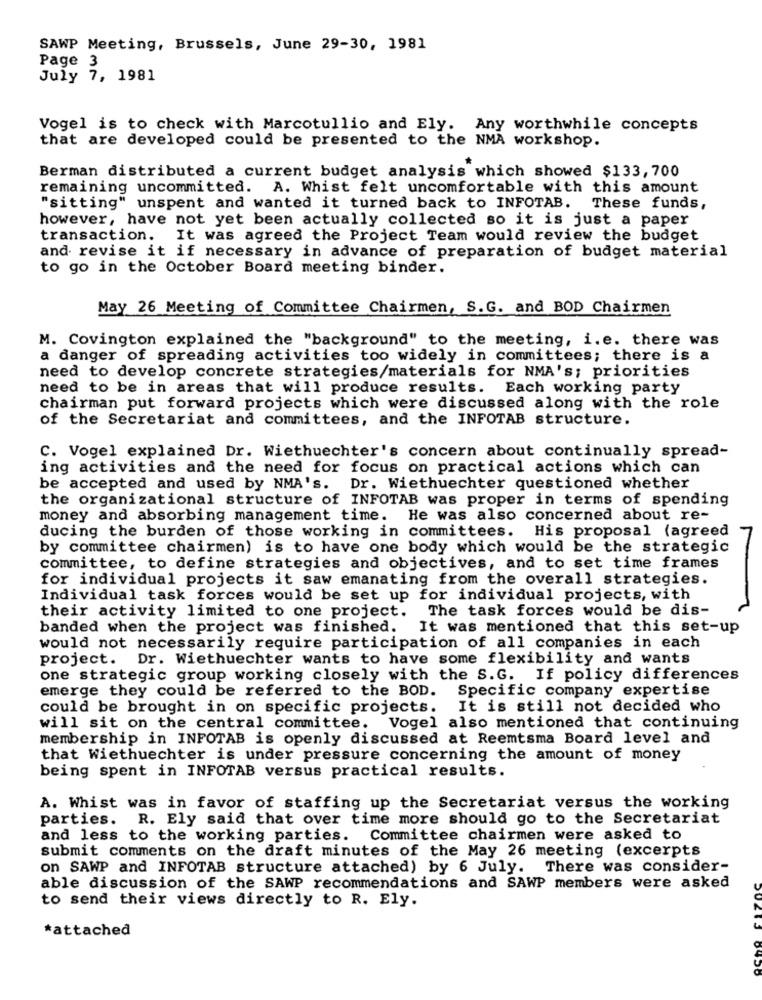
SAWP Meeting, Brussels, June 29-30, 1981
Page 3
July 7, 1981
Vogel is to check with Marcotullio and Ely. Any worthwhile concepts
that are developed could be presented to the NMA workshop.
Berman distributed a current budget analysis which showed $133, 700
remaining uncommitted. A. Whist felt uncomfortable with this amount
"sitting" unspent and wanted it turned back to INFOTAB. These funds,
however, have not yet been actually collected so it is just a paper
transaction. It was agreed the Project Team would review the budget
and revise it if necessary in advance of preparation of budget material
to go in the October Board meeting binder.
May 26 Meeting of Committee Chairmen, S.G. and BOD Chairmen
M. Covington explained the "background" to the meeting, i.e. there was
a danger of spreading activities too widely in committees; there is a
need to develop concrete strategies/materials for NMA's; priorities
need to be in areas that will produce results. Each working party
chairman put forward projects which were discussed along with the role
of the Secretariat and committees, and the INFOTAB structure.
C. Vogel explained Dr. Wiethuechter's concern about continually spread-
ing activities and the need for focus on practical actions which can
be accepted and used by NMA's. Dr. Wiethuechter questioned whether
the organizational structure of INFOTAB was proper in terms of spending
money and absorbing management time. He was also concerned about re-
ducing the burden of those working in committees. His proposal (agreed
by committee chairmen) is to have one body which would be the strategic
committee, to define strategies and objectives, and to set time frames
for individual projects it saw emanating from the overall strategies.
Individual task forces would be set up for individual projects, with
The task forces would be dis-
their activity limited to one project.
banded when the project was finished. It was mentioned that this set-up
would not necessarily require participation of all companies in each
project. Dr. Wiethuechter wants to have some flexibility and wants
one strategic group working closely with the S.G. If policy differences
emerge they could be referred to the BOD. Specific company expertise
could be brought in on specific projects.
It is still not decided who
will sit on the central committee.
Vogel also mentioned that continuing
membership in INFOTAB is openly discussed at Reemtsma Board level and
that Wiethuechter is under pressure concerning the amount of money
being spent in INFOTAB versus practical results.
A. Whist was in favor of staffing up the Secretariat versus the working
parties. R. Ely said that over time more should go to the Secretariat
and less to the working parties. Committee chairmen were asked to
submit comments on the draft minutes of the May 26 meeting (excerpts
on SAWP and INFOTAB structure attached) by 6 July.
There was consider-
able discussion of the SAWP recommendations and SAWP members were asked
to send their views directly to R. Ely.
*attached